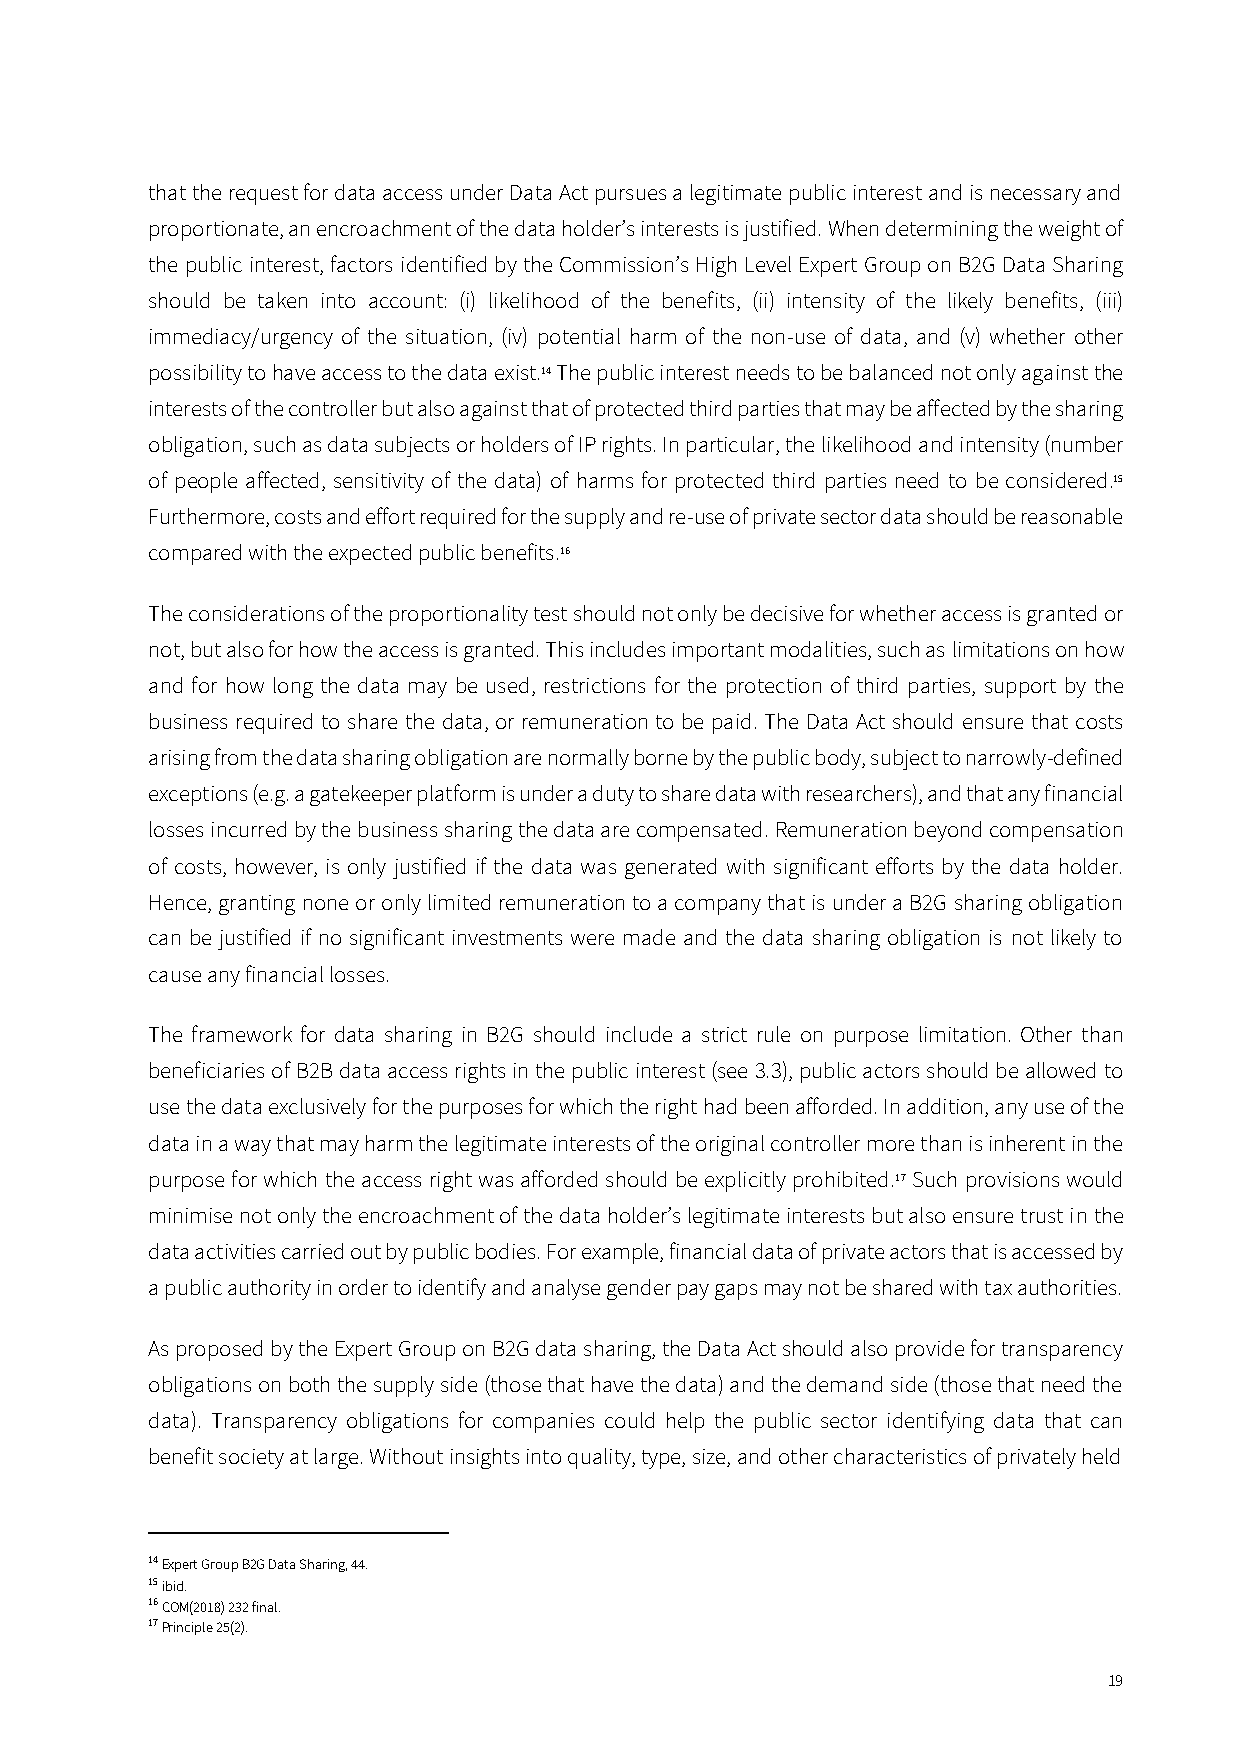
that the request for data access under Data Act pursues a legitimate public interest and is necessary and
 proportionate, an encroachment of the data holder’s interests is justified. When determining the weight of
 the public interest, factors identified by the Commission’s High Level Expert Group on B2G Data Sharing
 should be taken into account: (i) likelihood of the benefits, (ii) intensity of the likely benefits, (iii)
 immediacy/urgency of the situation, (iv) potential harm of the non-use of data, and (v) whether other
 possibility to have access to the data exist.14 The public interest needs to be balanced not only against the
 interests of the controller but also against that of protected third parties that may be affected by the sharing
 obligation, such as data subjects or holders of IP rights. In particular, the likelihood and intensity (number
 of people affected, sensitivity of the data) of harms for protected third parties need to be considered.15
 Furthermore, costs and effort required for the supply and re-use of private sector data should be reasonable
 compared with the expected public benefits.16
 The considerations of the proportionality test should not only be decisive for whether access is granted or
 not, but also for how the access is granted. This includes important modalities, such as limitations on how
 and for how long the data may be used, restrictions for the protection of third parties, support by the
 business required to share the data, or remuneration to be paid. The Data Act should ensure that costs
 arising from the data sharing obligation are normally borne by the public body, subject to narrowly-defined
 exceptions (e.g. a gatekeeper platform is under a duty to share data with researchers), and that any financial
 losses incurred by the business sharing the data are compensated. Remuneration beyond compensation
 of costs, however, is only justified if the data was generated with significant efforts by the data holder.
 Hence, granting none or only limited remuneration to a company that is under a B2G sharing obligation
 can be justified if no significant investments were made and the data sharing obligation is not likely to
 cause any financial losses.
 The framework for data sharing in B2G should include a strict rule on purpose limitation. Other than
 beneficiaries of B2B data access rights in the public interest (see 3.3), public actors should be allowed to
 use the data exclusively for the purposes for which the right had been afforded. In addition, any use of the
 data in a way that may harm the legitimate interests of the original controller more than is inherent in the
 purpose for which the access right was afforded should be explicitly prohibited.17 Such provisions would
 minimise not only the encroachment of the data holder’s legitimate interests but also ensure trust in the
 data activities carried out by public bodies. For example, financial data of private actors that is accessed by
 a public authority in order to identify and analyse gender pay gaps may not be shared with tax authorities.
 As proposed by the Expert Group on B2G data sharing, the Data Act should also provide for transparency
 obligations on both the supply side (those that have the data) and the demand side (those that need the
 data). Transparency obligations for companies could help the public sector identifying data that can
 benefit society at large. Without insights into quality, type, size, and other characteristics of privately held
 14 Expert Group B2G Data Sharing, 44.
 15 ibid.
 16 COM(2018) 232 final.
 17 Principle 25(2).
 19